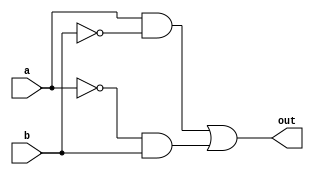
module xor_gate (
    input wire a,
    input wire b,
    output reg out
);

assign out = (a & ~b) | (~a & b);

endmodule